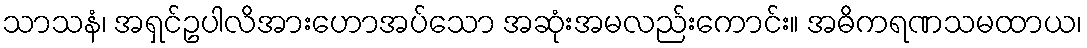
သာသနံ၊ အရှင်ဥပါလိအားဟောအပ်သော အဆုံးအမလည်းကောင်း။ အဓိကရဏသမထာယ၊